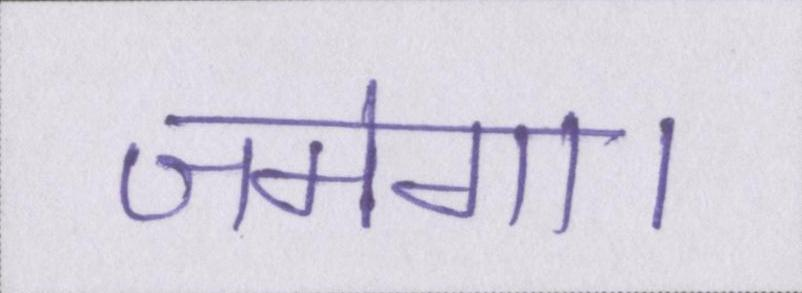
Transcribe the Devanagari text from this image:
जमेगा।